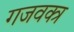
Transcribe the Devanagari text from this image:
गजवक्त्र